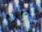
بجراحة